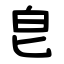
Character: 皀